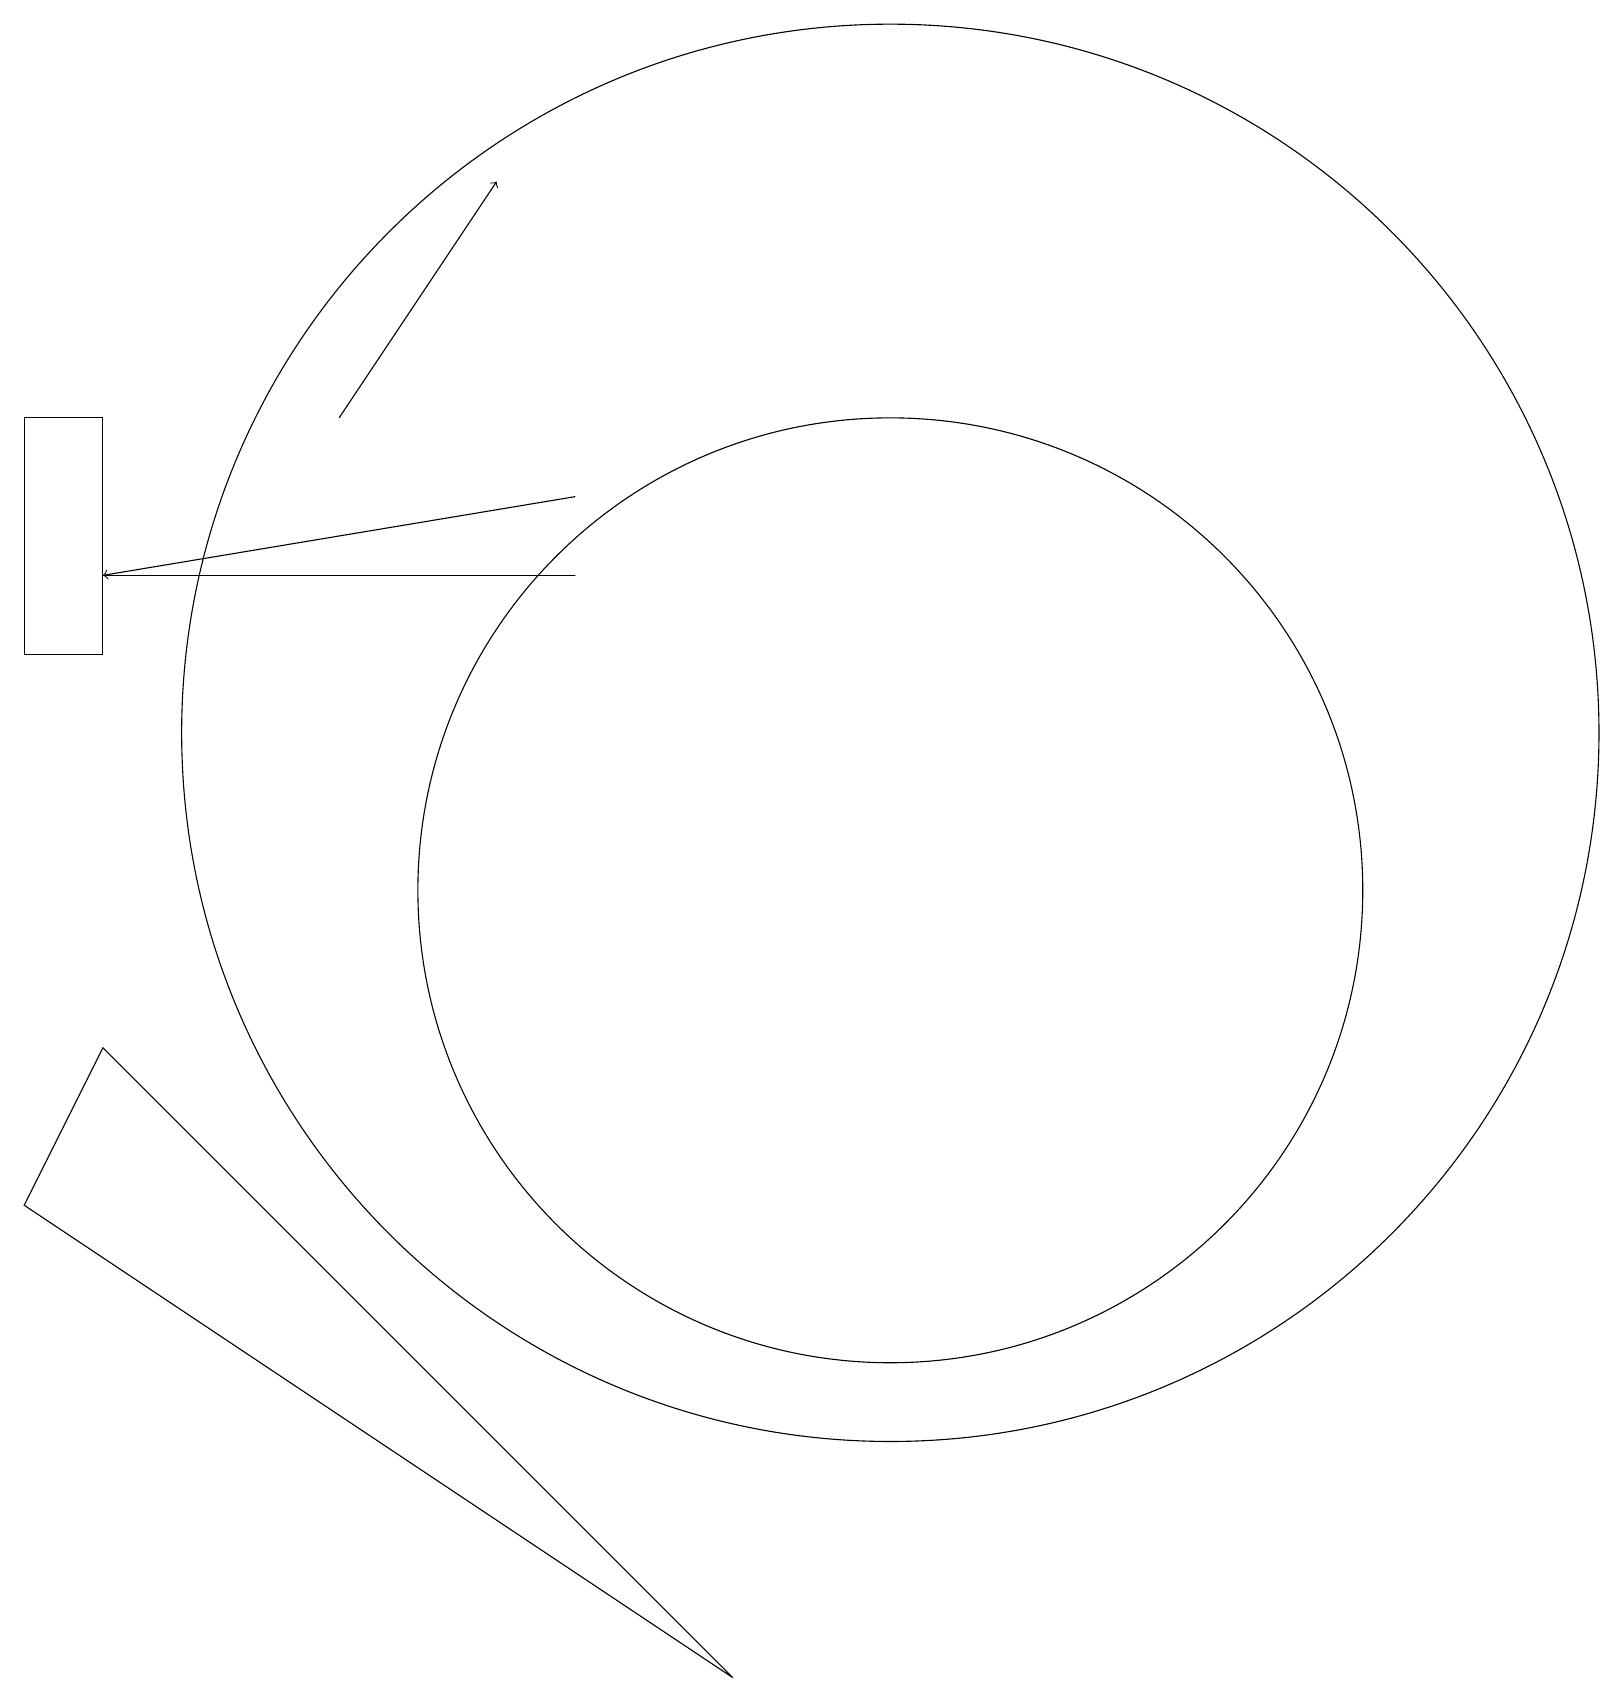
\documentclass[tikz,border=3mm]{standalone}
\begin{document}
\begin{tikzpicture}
\draw[->] (4,16) -- (6,19);
\draw (0,13) rectangle (1,16);
\draw (1,14) rectangle (7,14);
\draw (0,6) -- (9,0) -- (1,8) -- cycle;
\draw (11,10) circle (6);
\draw (11,12) circle (9);
\draw[->] (7,15) -- (1,14);
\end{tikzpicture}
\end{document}